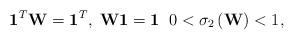
LaTeX: \begin{align*}{{\bf{1}}^T}{\bf{W}} = {{\bf{1}}^T}, \; {\bf{W1}} = {\bf{1}} \; \; 0 < {\sigma _2}\left( {\bf{W}} \right) < 1,\end{align*}